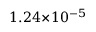
1 . 2 4 \! \times \! 1 0 ^ { - 5 }